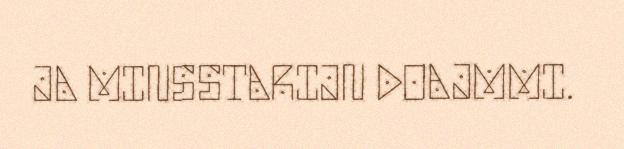
JA MINSSTARIJN DOAJMMI.